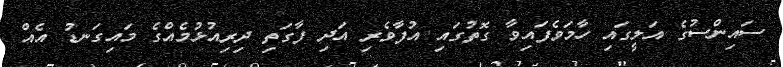
ސައިންސުގެ އަލީގައި ހާމަވެފައިވާ ގޮތުގައި އުފާވެރި އަދި ފާގަތި ދިރިއުޅުމެއްގެ މައިގަނޑު އެއް